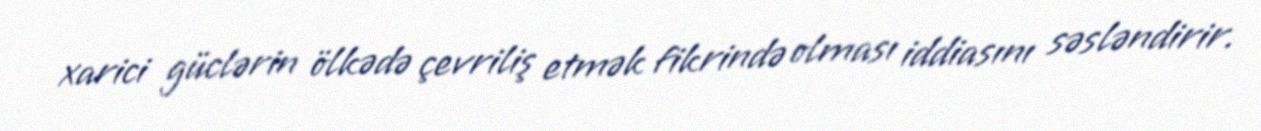
xarici güclərin ölkədə çevriliş etmək fikrində olması iddiasını səsləndirir.